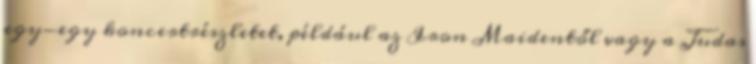
egy-egy koncertrészletet, például az Iron Maidentől vagy a Judas